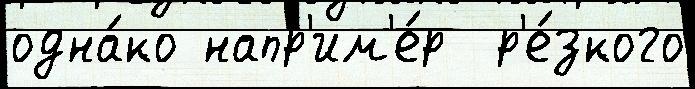
одна́ко напр'им'е́р  р'е́зкого